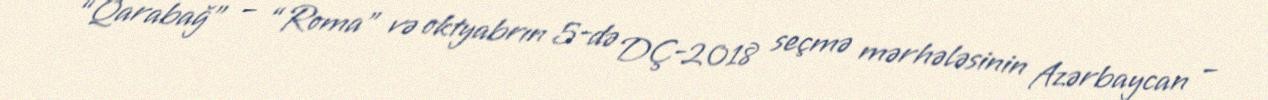
“Qarabağ” – “Roma” və oktyabrın 5-də DÇ-2018 seçmə mərhələsinin Azərbaycan –